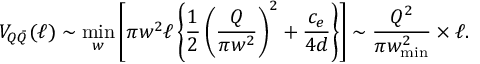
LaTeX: V _ { Q \bar { Q } } ( \ell ) \sim \operatorname * { m i n } _ { w } \left[ \pi w ^ { 2 } \ell \left\{ \frac { 1 } { 2 } \left( \frac { Q } { \pi w ^ { 2 } } \right) ^ { 2 } + \frac { c _ { e } } { 4 d } \right\} \right] \sim \frac { Q ^ { 2 } } { \pi w _ { \mathrm { m i n } } ^ { 2 } } \times \ell .